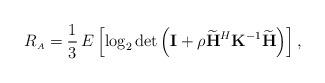
LaTeX: \begin{align*} R_{\scriptscriptstyle{A}} = \frac{1}{3} \, E \left[ \log_2 \det\left( \mathbf{I} + \rho \widetilde{\mathbf{H}}^H \mathbf{K}^{-1} \widetilde{\mathbf{H}} \right)\right],\end{align*}